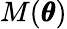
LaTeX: M(\pmb\theta)